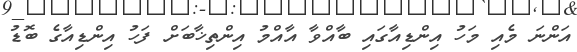
އަންނަ މެއި މަހު އިންޑިއާގައި ބާއްވާ އާއްމު އިންތިޚާބަށް ފަހު އިންޑިއާގެ ބޮޑު